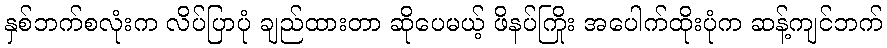
နှစ်ဘက်စလုံးက လိပ်ပြာပုံ ချည်ထားတာ ဆိုပေမယ့် ဖိနပ်ကြိုး အပေါက်ထိုးပုံက ဆန့်ကျင်ဘက်